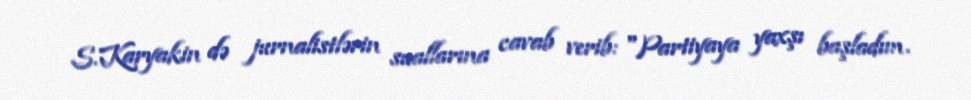
S.Karyakin də jurnalistlərin suallarına cavab verib: "Partiyaya yaxşı başladım.